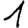
Digit: 1